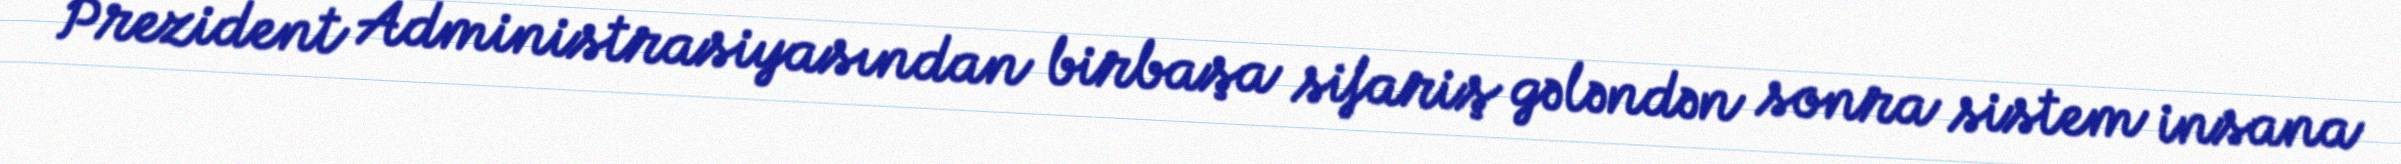
Prezident Administrasiyasından birbaşa sifariş gələndən sonra sistem insana